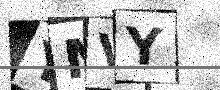
Text: YMVY